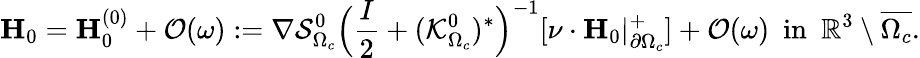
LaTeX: \mathbf{H}_{0}=\mathbf{H}_{0}^{(0)}+\mathcal{O}(\omega):=\nabla\mathcal{S}_{\Omega_{c}}^{0}\Big(\frac{I}{2}+(\mathcal{K}_{\Omega_{c}}^{0})^{*}\Big)^{-1}[\nu\cdot\mathbf{H}_{0}|_{\partial\Omega_{c}}^{+}]+\mathcal{O}(\omega)\ \ \mathrm{in}\ \ \mathbb{R}^{3}\setminus\overline{{\Omega_{c}}}.